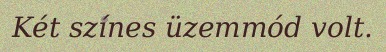
Két színes üzemmód volt.